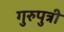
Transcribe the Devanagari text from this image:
गुरुपुत्री